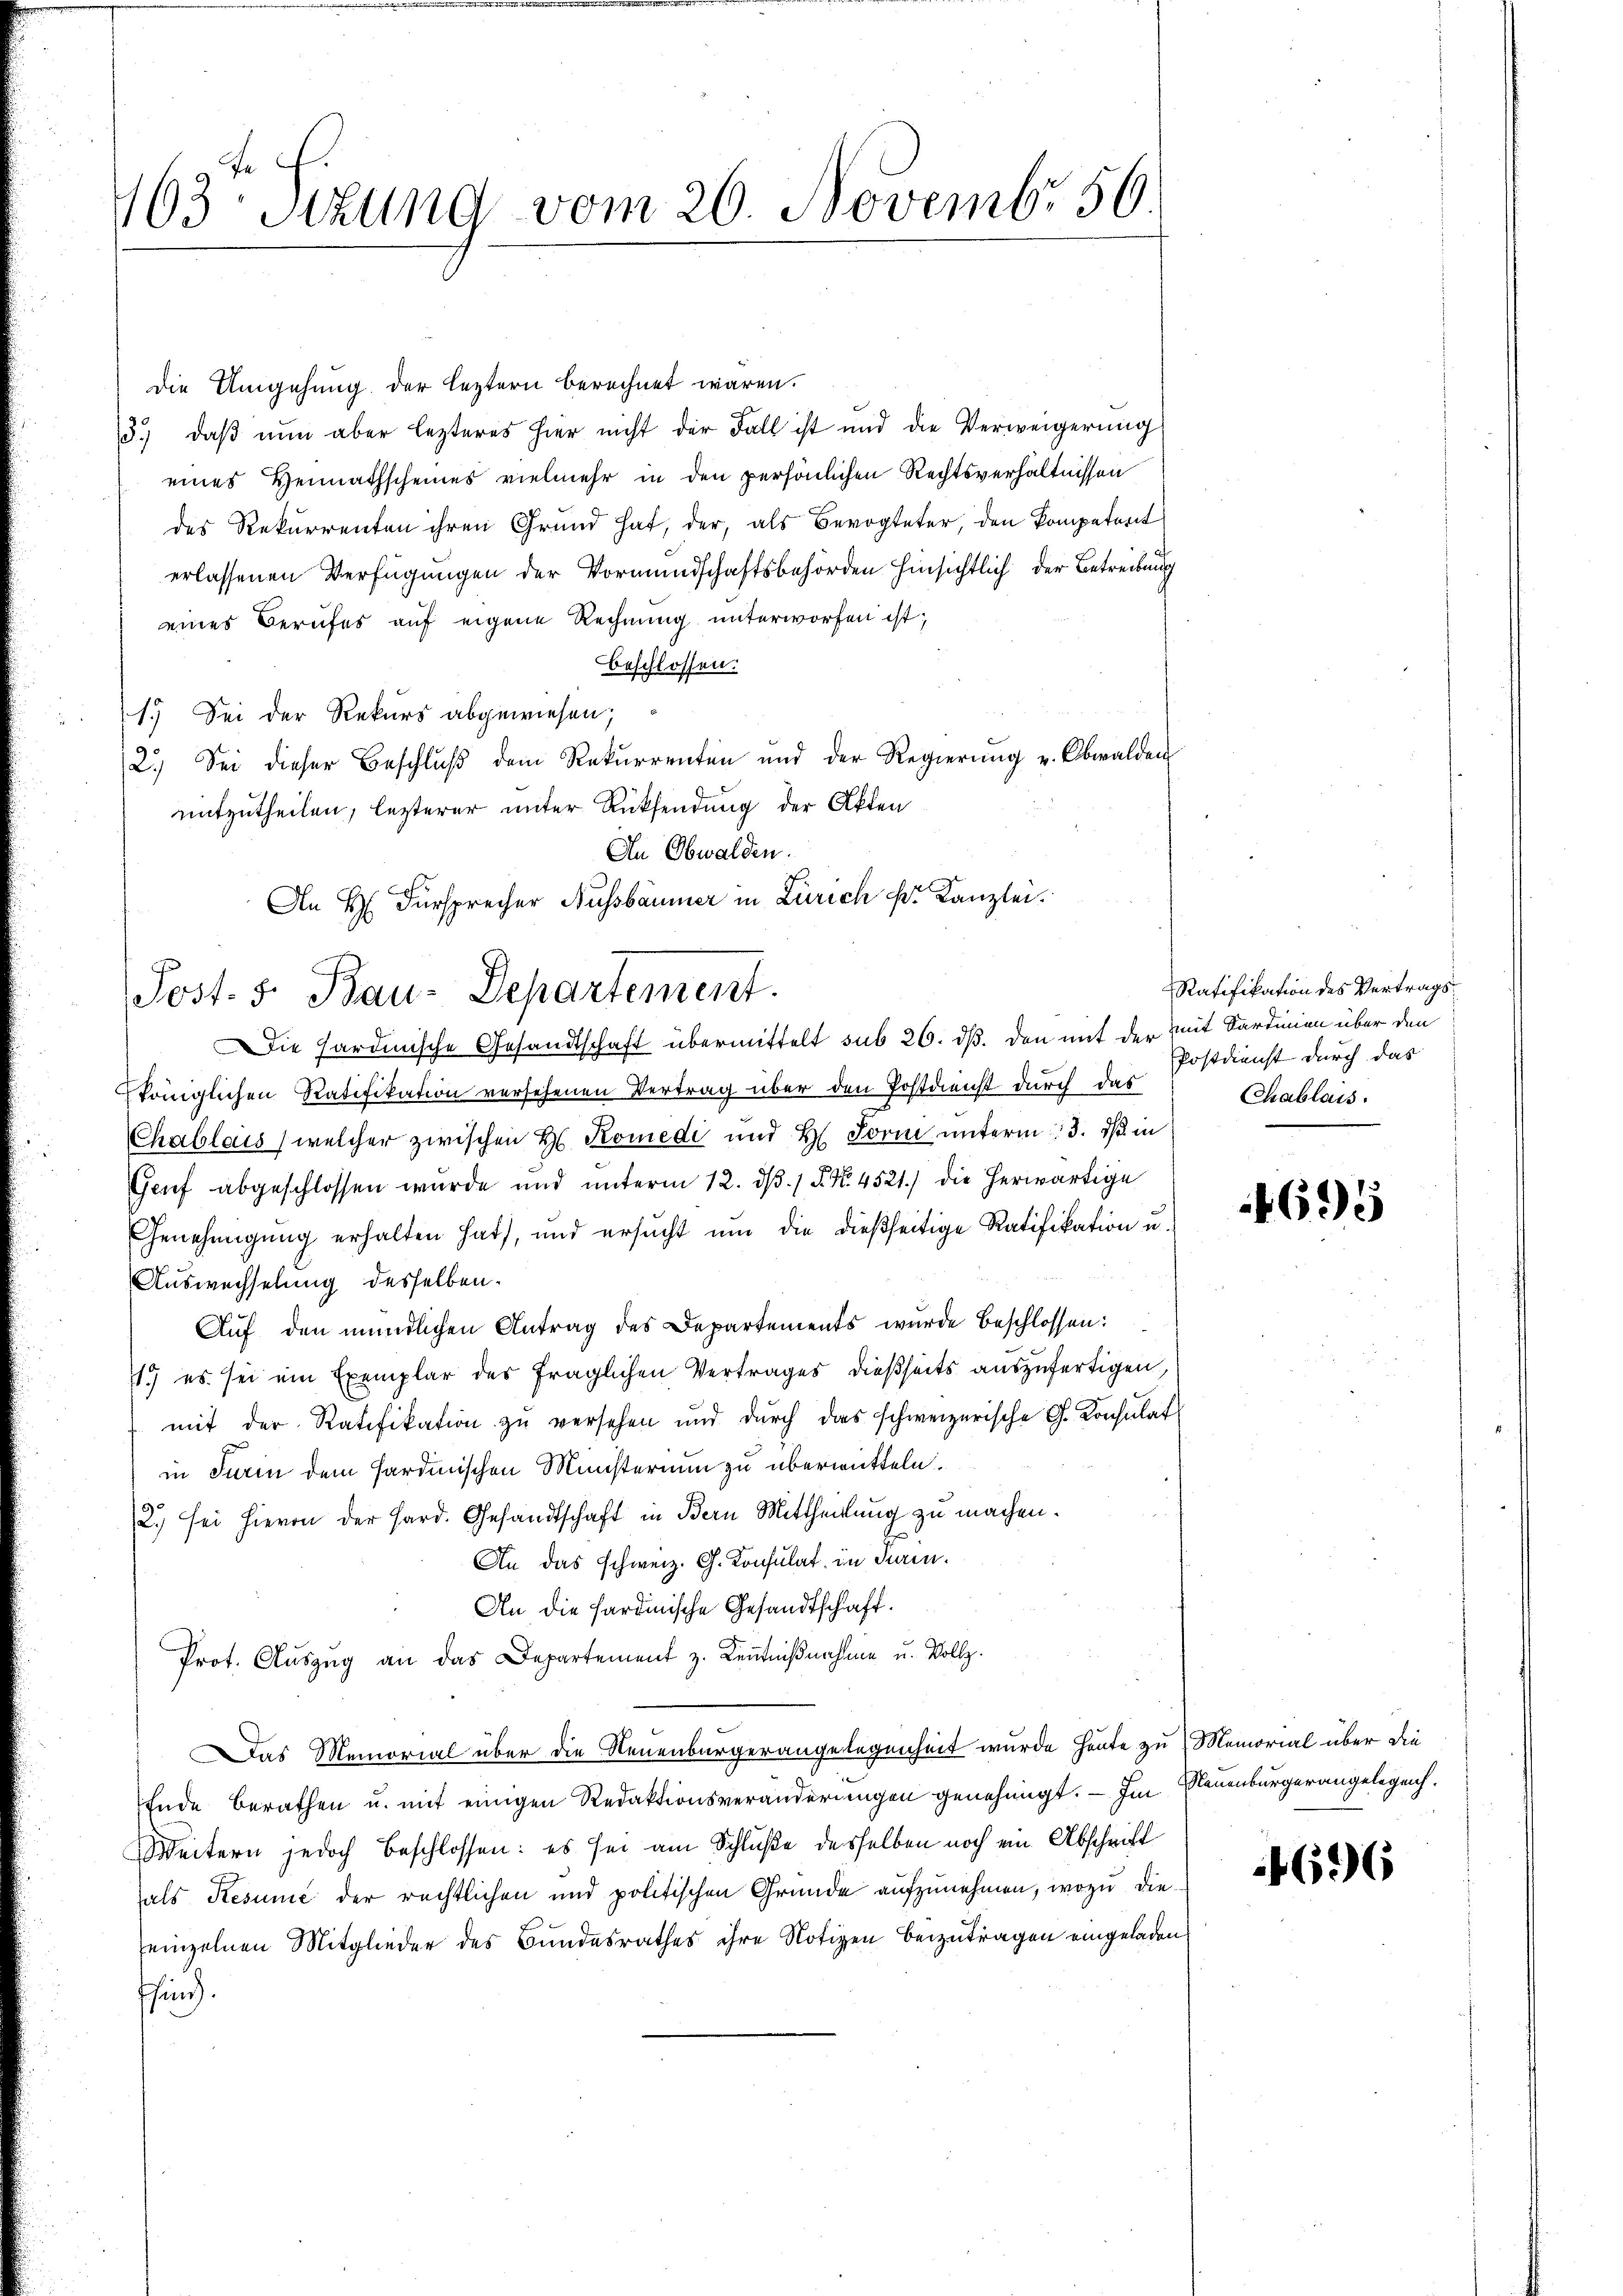
163: Stzung vom 20. Novembr 56.

Die Umgehung der leztern berechnet wären.
3.) daβ nŭn aber lezteres hier nicht der Fall ist und die Verweigerŭng
eines Heimathscheines vielmehr in den persönlichen Rechtsverhältnissen
des Rekurrenten ihren Grund hat, der, als Bevogteter, den kompetent
erlassenen Verfügungen der Vormundschaftsbehörden hinsichtlich der Betreibung
eines Berufes auf eigene Rechnung unterworfen ist;
beschlossen:
1.) Sei der Rekurs abgewiesen;
2.) Sei dieser Beschlŭβ dem Rekurrenten und der Regierŭng u. Obwalden
mitzutheilen, lezterer unter Rücksendung der Akten
In Obwalden.
königlichen Ratifikation versehenen Vertrag über den Postdienst durch das
Chablais (welcher zwischen Hs. Komedi und H. Form unterm 3. ds in
Genf abgeschlossen wurde und unterm 12. dβ. / 5. No. 4521. die herwärtige
Genehmigŭng erhalten hat, und ersŭcht ŭm die dießseitige Ratifikation u.
Auswechselung desselben.
Aŭf den mündlichen Antrag des Departements wurde beschlossen:
1) es sei ein Exemplar des fraglichen Vertrages dießseits auszufertigen,
mit der Ratifikation zŭ versehen und dŭrch das schweizerische G. Konsulat
in Furin dem sardinischen Ministerium zu überwitteln.
2.) sei hievon der Hard. Gesandtschaft in Bern Mittheilung zu machen.
An das schweiz. G. Konsulat in Prin¬
An die sardinische Gesandtschaft.
Prot. Auszug an das Departement z. Kenntnißnahme u. Vollz
Das Memorial über die Neuenburgerangelegenheit wurde heute zu Memorial über die
Ende berathen u. mit einigen Redaktionsveränderungen genehmigt. — Im Neuenburgerangelegen.
Weitern jedoch beschlossen: es sei am Schluße desselben noch ein Abschrift
als Resume der rechtlichen und politischen Gründe aufzunehmen, wozu dieeinzelnen Mitglieder des Bundesrathes ihre Notizen beizutragen eingeladen
shing.

An H. Fürsprecher Aussbäumer in Zürich kr. Kanzlei.
Post. v. Bau-Departement.
Die Hardinische Gesandtschaft übermittelt sub 26. dß. den mit der mit Sardinien über den

Ratifikation des Vertrags¬
Postdienst durch das
CChablais.

695

4696